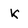
Character: k